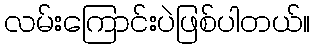
လမ်းကြောင်းပဲဖြစ်ပါတယ်။